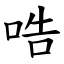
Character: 哠